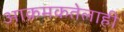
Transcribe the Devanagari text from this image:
आक्रमकतेलाही